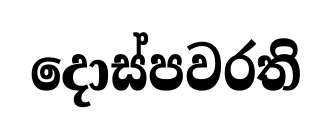
දොස්පවරති